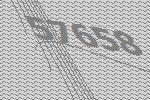
57658